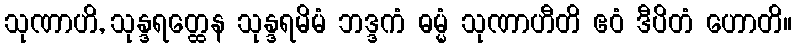
သုဏာဟိ, သုန္ဒရတ္ထေန သုန္ဒရမိမံ ဘဒ္ဒကံ ဓမ္မံ သုဏာဟီတိ ဧဝံ ဒီပိတံ ဟောတိ။